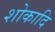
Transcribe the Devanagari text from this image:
शोकादि